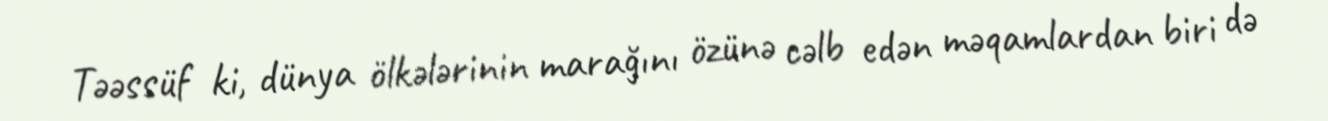
Təəssüf ki, dünya ölkələrinin marağını özünə cəlb edən məqamlardan biri də